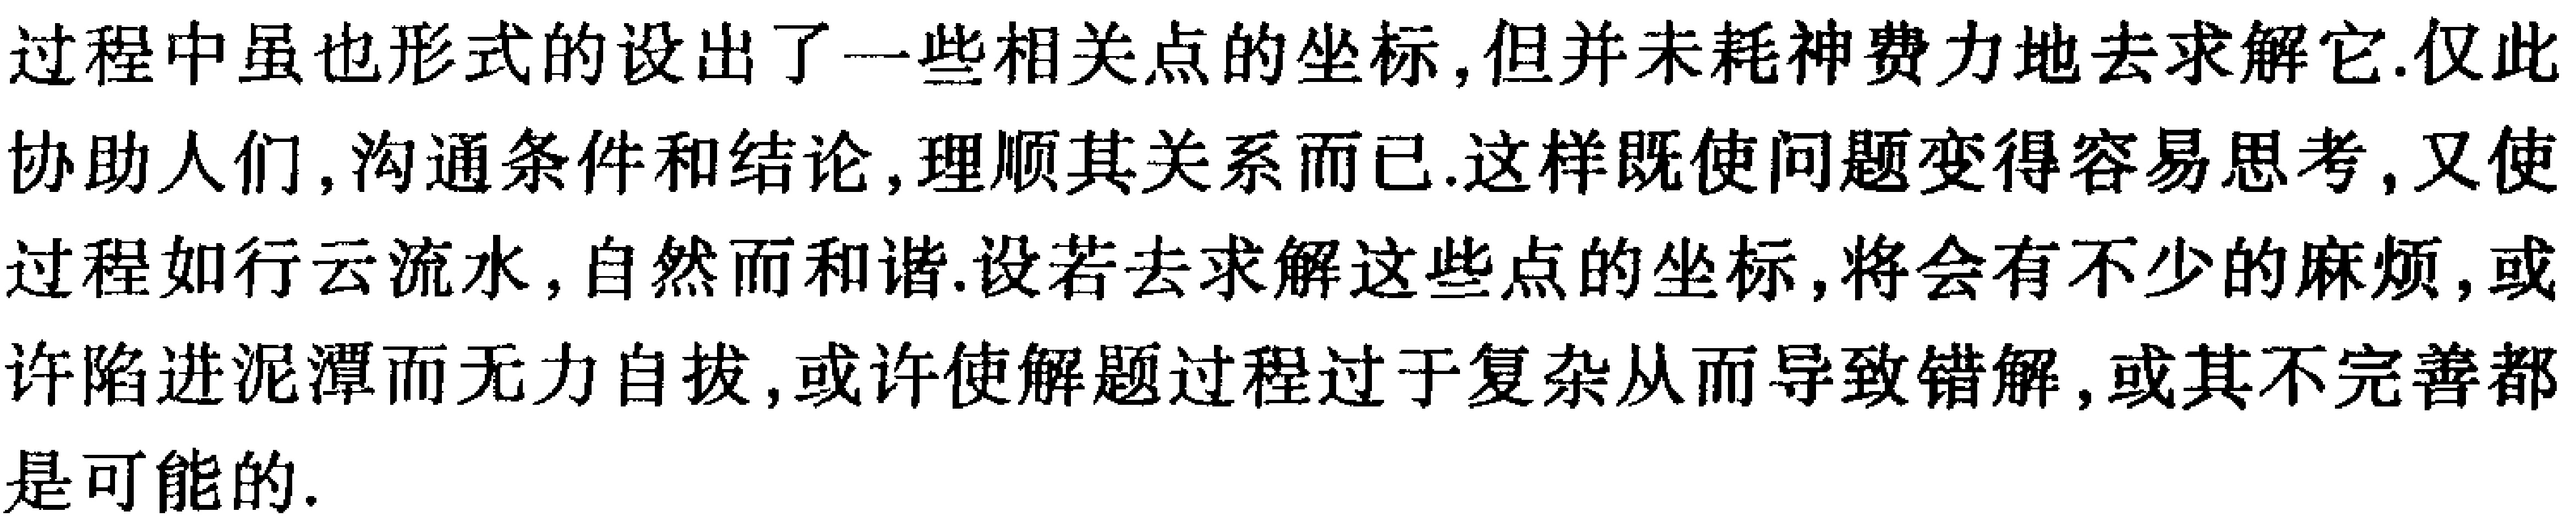
过程中虽也形式的设出了一些相关点的坐标,但并未耗神费力地去求解它.仅此协助人们,沟通条件和结论,理顺其关系而已.这样既使问题变得容易思考,又使过程如行云流水,自然而和谐.设若去求解这些点的坐标,将会有不少的麻烦,或许陷进泥潭而无力自拔,或许使解题过程过于复杂从而导致错解,或其不完善都是可能的.